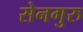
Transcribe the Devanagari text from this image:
सेनगुरु